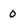
Character: 0